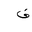
Letter: _fa